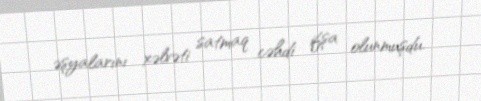
əşyalarını xəlvəti satmaq cəhdi ifşa olunmuşdu.